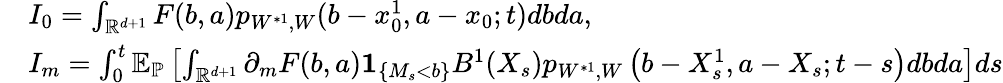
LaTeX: \begin{array}{rl}&{I_{0}=\int_{{\mathbb R}^{d+1}}F(b,a)p_{W^{*1},W}(b-x_{0}^{1},a-x_{0};t)dbda,}\\ &{I_{m}=\int_{0}^{t}{\mathbb E}_{\mathbb{P}}\left[\int_{{\mathbb R}^{d+1}}\partial_{m}F(b,a){\mathbf 1}_{\{ M_{s}<b\} }B^{1}(X_{s})p_{W^{*1},W}\left(b-X_{s}^{1},a-X_{s};t-s\right)dbda\right]ds}\end{array}